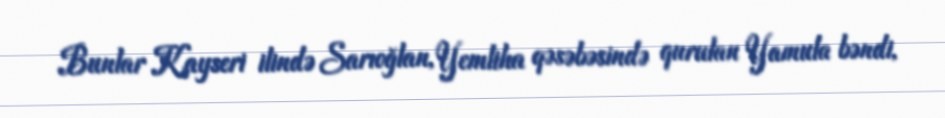
Bunlar Kayseri ilində Sarıoğlan, Yemliha qəsəbəsində qurulan Yamula bəndi,